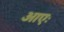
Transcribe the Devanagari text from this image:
आएः